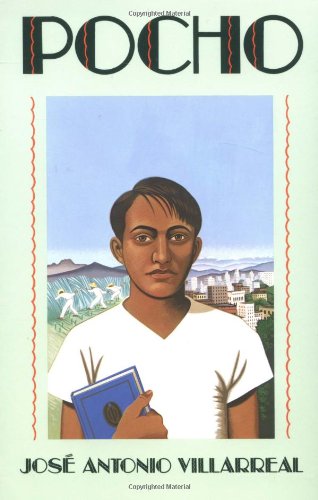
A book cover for Pocho; Jose Antonio Villarreal; Literature & Fiction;